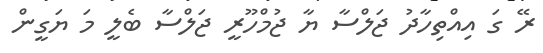
ރޭ ގަ އިއްތިހާދު ޖަލްސާ ޔާ ޖުމްހޫރީ ޖަލްސާ ބެލީ މަ ޔަގީން